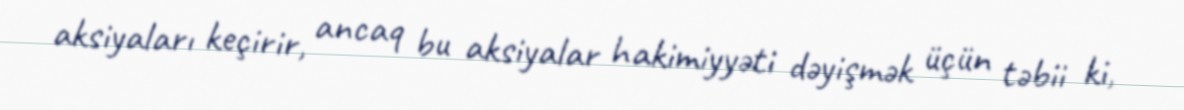
aksiyaları keçirir, ancaq bu aksiyalar hakimiyyəti dəyişmək üçün təbii ki,